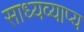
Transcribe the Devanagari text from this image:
साध्यव्याप्य